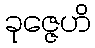
ခုဇ္ဇေဟိ